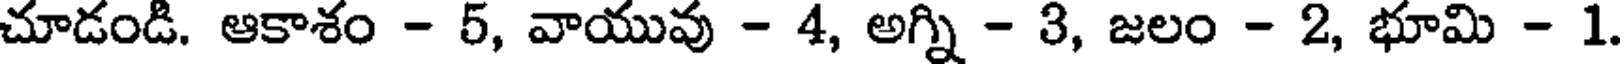
చూడండి. ఆకాశం - 5, వాయువు - 4, అగ్ని - 3, జలం - 2, భూమి - 1.